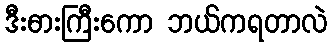
ဒီးဓားကြီးကော ဘယ်ကရတာလဲ